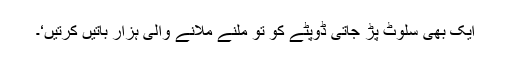
ایک بھی سلوٹ پڑ جاتی ڈوپٹے کو تو ملنے ملانے والی ہزار باتیں کرتیں‘۔